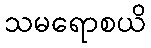
သမရောစယိ